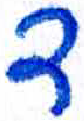
אות: ד